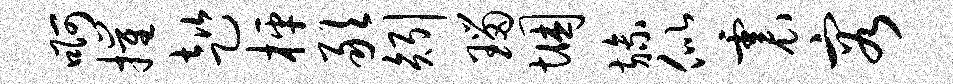
啊摧趑枰敢矧瑙悃旒似震容